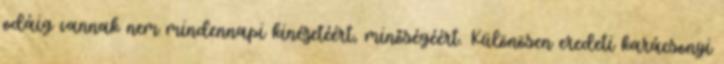
odáig vannak nem mindennapi kinézetéért, minőségéért. Különösen eredeti karácsonyi